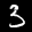
Label: 3